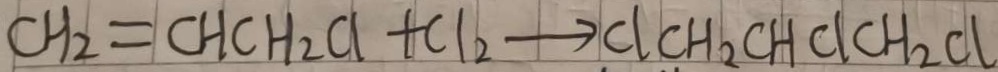
C H _ { 2 } = C H C H _ { 2 } C l + C l _ { 2 } \rightarrow C l C H _ { 2 } C H C l C H _ { 2 } C l